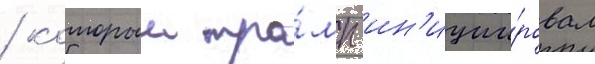
/ которыи тра́мп ин'иции́ровал